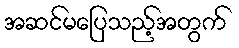
အဆင်မပြေသည့်အတွက်